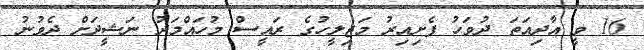
16 ވީ އާދިއަތަ ދުވަހު ފެށިއިރު މަޖިލީހުގެ ރައީސް މުހައްމަދު ނަޝީދަށް ދެވުނު